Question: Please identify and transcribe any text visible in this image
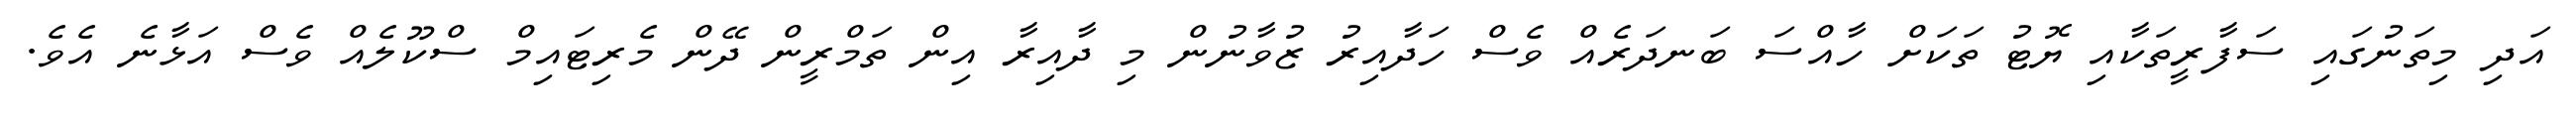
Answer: އަދި މިތަނުގައި ސަފާރީތަކާއި ޔޮޓު ތަކަށް ހާއްސަ ބަނދަރެއް ވެސް ހަދާއިރު ޒުވާނުން މި ދާއިރާ އިން ތަމްރީން ދޭން މެރިޓައިމް ސްކޫލެއް ވެސް އަޅާނެ އެވެ.